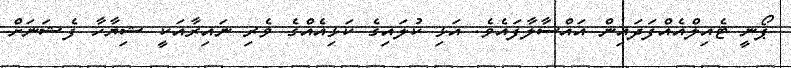
ޕޯނީ ޓެއިލްއެއްފަދައިން އައްސާލާފައެވެ. އަޅި ކުލައިގެ ކަޅިއެއްގެ ވެރި ނައިރާއަކީ ޝިޔާހާ ފެޝަނަށް